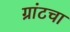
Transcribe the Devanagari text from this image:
ग्रांटचा